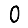
Digit: 0